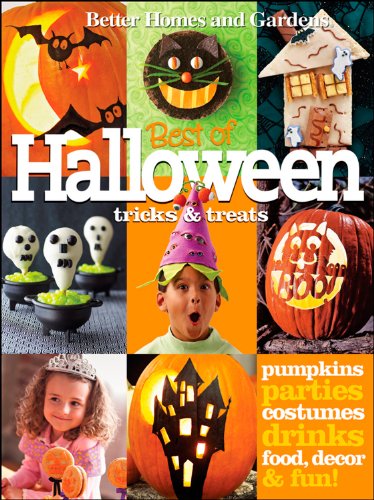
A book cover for Halloween Tricks & Treats (Better Homes and Gardens) (Better Homes and Gardens Cooking); Better Homes and Gardens; Cookbooks, Food & Wine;